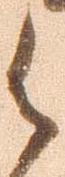
御